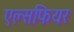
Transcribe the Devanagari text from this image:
एल्सफियर